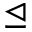
\trianglelefteq